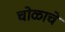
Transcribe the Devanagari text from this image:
चोळाचे